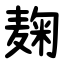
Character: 麹